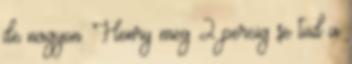
de nagyon. Henry meg 2 percig se tud a